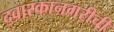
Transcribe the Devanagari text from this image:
द्वारकानगरीची